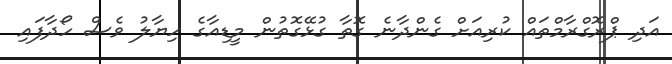
އަދި ޕްރޮގްރާމްތައް ކުރިއަށް ގެންދާނެ ގޮތާ ގުޅޭގޮތުން މީޑިއާގެ ހިޔާލު ވެސް ހޯދާފައި